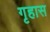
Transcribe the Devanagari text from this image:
गृहास